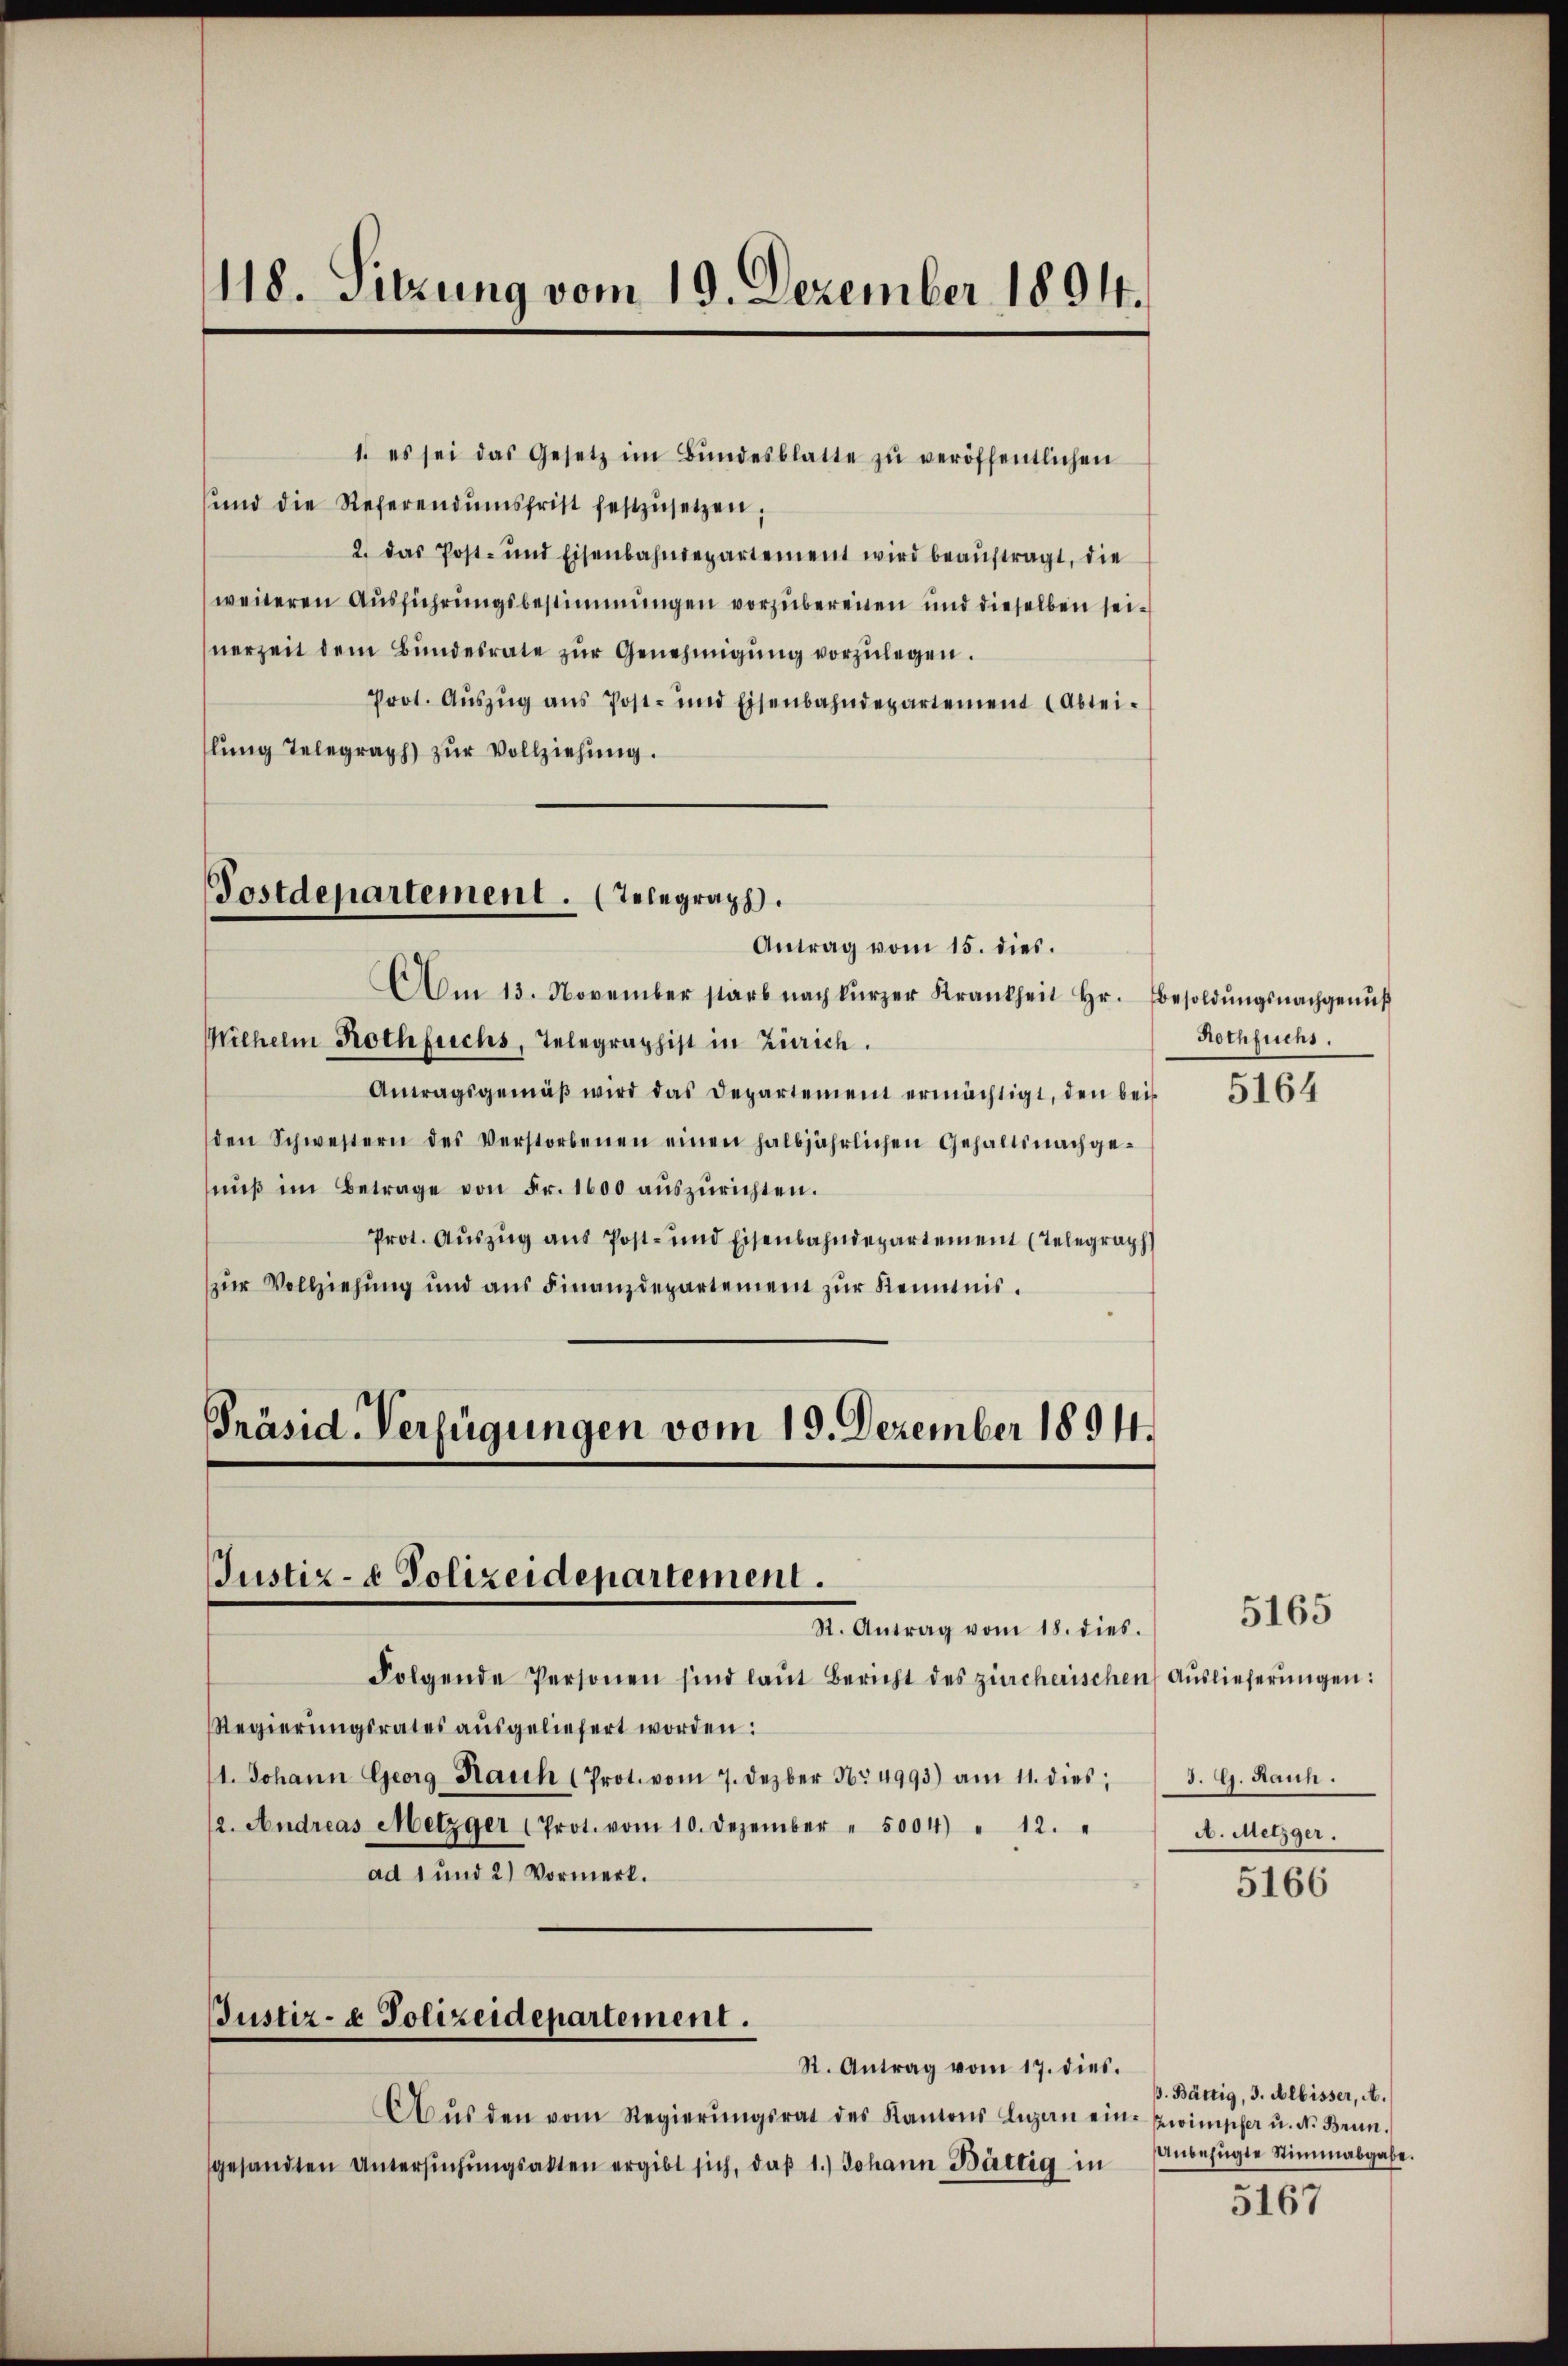
118. Sitzung vom 19. Dezember 1894.

1. es sei das Gesetz im Bŭndesblatte zŭ veröffentlichen
sund die Referendumsfrist festzŭsetzen;
2. das Post- und Eisenbahndepartement wird beaŭftragt, die
weiteren Ausführungsbestimmungen vorzubereiten und dieselben seinerzeit dem Bŭndesrate zŭr Genehmigŭng vorzulegen.
Prot. Auszug aus Post- und Eisenbahndepartement (Abtei-
lŭng Telegraph zŭr Vollziehung.

Postdepartement. (Telegraph.
Antrag vom 15. dies.

Präsid. Verfügungen vom 19. Dezember 1894.
Justiz- & Polizeidepartement.
St. Antrag vom 18. dies.

Justiz- & Polizeidepartement.

Am 13. November starb nach kürzer Krankheit hr. besoldŭngsnachgenŭβ
Wilhelm Rothfrichs, Telegraphist in Zürich.
Antragsgemäβ wird das Departement ermächtigt, den beis
den Schwestern des Verstorbenen einen halbjährlichen Gehaltsnachge-
nŭβ im Betrage von Fr. 1600 aŭszŭrichten.
Prot. Auszug aus Post- und Eisenbahndepartement (Telegraph
zŭr Vollziehung und aus Finanzdepartement zŭr Kenntnis.

R. Antrag vom 17. dies.
Aŭs den vom Regierŭngsrat des Kantons Augen eine Zwimpfer u. Nr. Bein.
gesandten Untersŭchŭngsakten ergibt sich, daß 1.) Johann Bättig in

Folgende Personen sind laŭt Bericht des zürcherischen Auslieferŭngen:
Regierŭngsrates aŭsgeliefert worden:
1. Johann Georg Hauch (Prot. vom 7. Dezbr 174993) am 11. dies
2. Andreas Metzger Prot. vom 10. Dezember " 5004) " 12. "
ad 1 und 2) Vormerk.

Nothfuchs.

5164

5165

d. G. Raun.
A. Metzger.

5166

. Bättig, 3. Albisser, A.
anbefugte Stimmabgabe.

5167